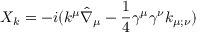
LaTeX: X _ { k } = - i ( k ^ { \mu } \hat { \nabla } _ { \mu } - { \frac { 1 } { 4 } } \gamma ^ { \mu } \gamma ^ { \nu } k _ { \mu ; \nu } )